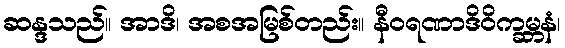
ဆန္ဒသည်။ အာဒိ၊ အစအမြစ်တည်း။ နီဝရဏာဒိဝိက္ခမ္ဘနံ၊